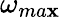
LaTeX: \omega_{ma\mathbf{x}}